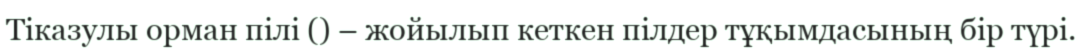
Тіказулы орман пілі () – жойылып кеткен пілдер тұқымдасының бір түрі.